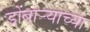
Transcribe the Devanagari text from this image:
डोंबार्‍याच्या